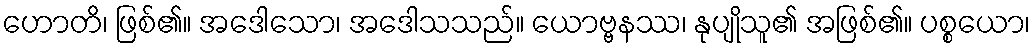
ဟောတိ၊ ဖြစ်၏။ အဒေါသော၊ အဒေါသသည်။ ယောဗ္ဗနဿ၊ နုပျိုသူ၏ အဖြစ်၏။ ပစ္စယော၊